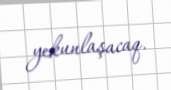
yekunlaşacaq.